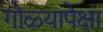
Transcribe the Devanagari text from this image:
गोळ्यापेक्षा